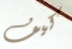
كيف